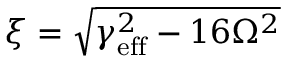
\xi = \sqrt { \gamma _ { \mathrm { e f f } } ^ { 2 } - 1 6 \Omega ^ { 2 } }